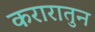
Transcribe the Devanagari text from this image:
करारातुन